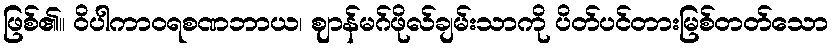
ဖြစ်၏။ ဝိပါကာဝရစဏဘာယ၊ ဈာန်မဂ်ဖိုလ်ချမ်းသာကို ပိတ်ပင်တားမြစ်တတ်သော